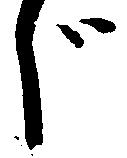
じ